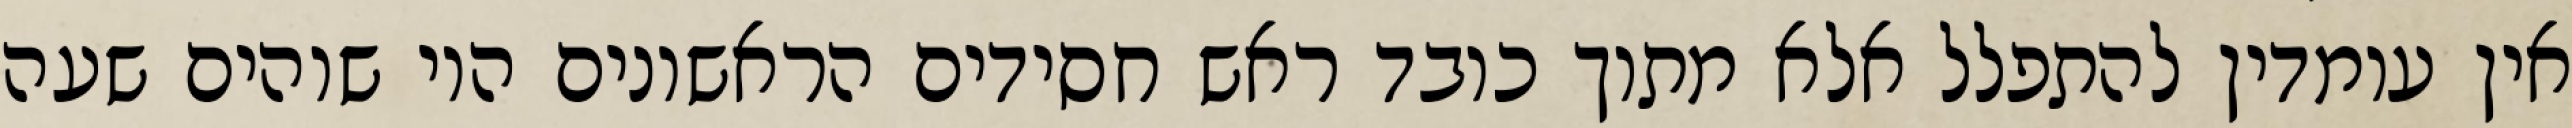
אין עומדין להתפלל אלא מתוך כובד ראש חסידים הראשונים היו שוהים שעה